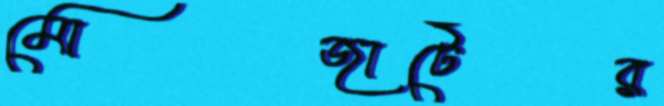
মোজার্টের